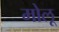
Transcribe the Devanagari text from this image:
मोलू